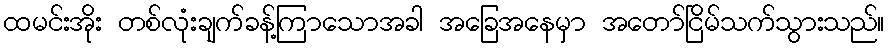
ထမင်းအိုး တစ်လုံးချက်ခန့်ကြာသောအခါ အခြေအနေမှာ အတော်ငြိမ်သက်သွားသည်။